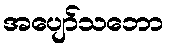
အပျော်သဘော